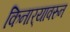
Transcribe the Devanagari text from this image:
किनार्‍यावरुन